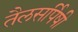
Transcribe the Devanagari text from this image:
तैलसर्पिषी